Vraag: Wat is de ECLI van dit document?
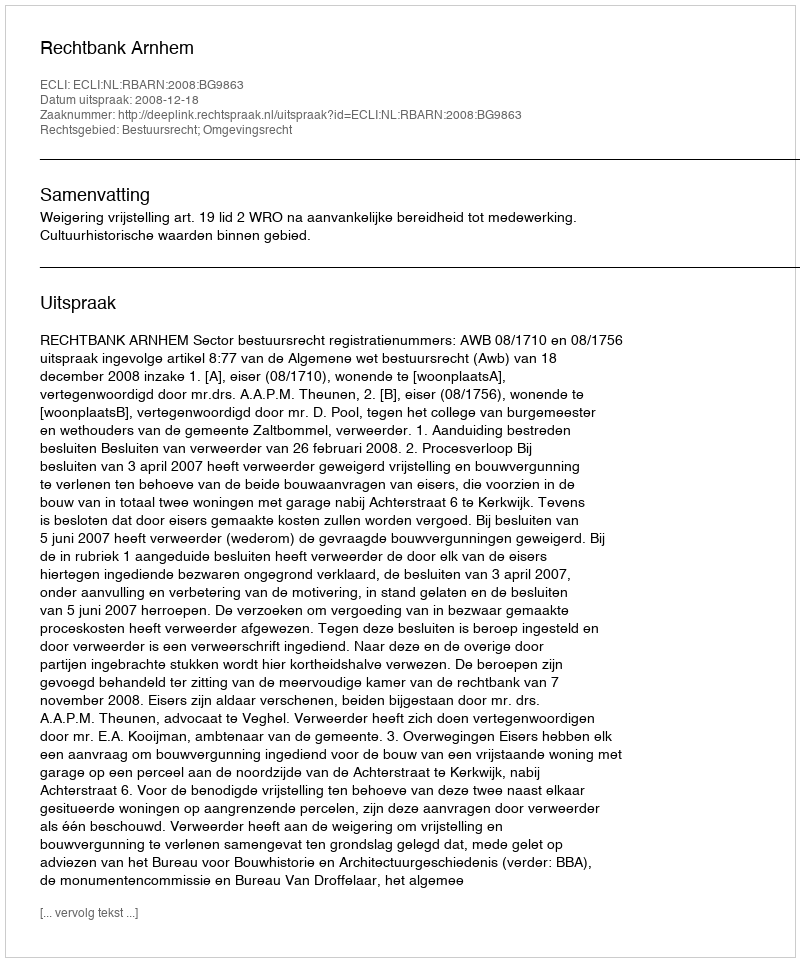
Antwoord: ECLI:NL:RBARN:2008:BG9863